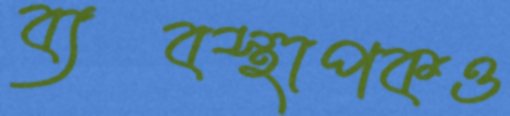
ব্যবস্থাপকও